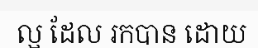
ល្អ ដែល រកបាន ដោយ